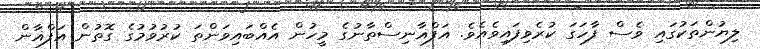
ލިޔުންތަކުގައި ވެސް ފާހަގަ ކުރެވިފައިވެއެވެ. އަފްޣާނިސްތާނުގެ މީހުން އެއްބައިވަންތަ ކުރުވުމުގެ ގޮތުން އަފްޣާން